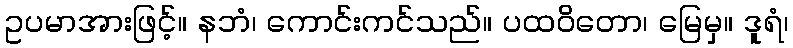
ဥပမာအားဖြင့်။ နဘံ၊ ကောင်းကင်သည်။ ပထဝိတော၊ မြေမှ။ ဒူရံ၊